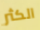
الكثر